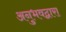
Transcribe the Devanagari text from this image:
अनुभवद्वारा